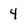
Character: 4